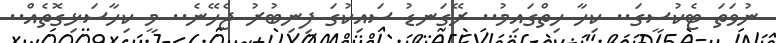
ނުވަތަ ޓެކުސީގަ.. ކިހާ ހިތްގައިމު.. ރޭގަނޑު ސައިކުގަ ފިނިބުރު ޖެހޭނެ.. މީ ކިހާސަޅިގޮތެއް..